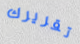
تقريرك